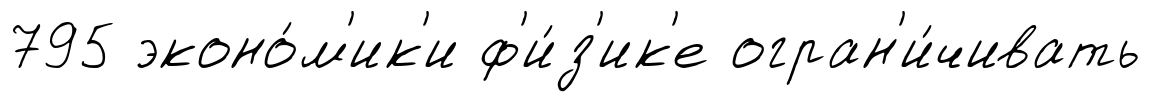
795 эконо́м'ик'и ф'и́з'ик'е огран'и́чивать